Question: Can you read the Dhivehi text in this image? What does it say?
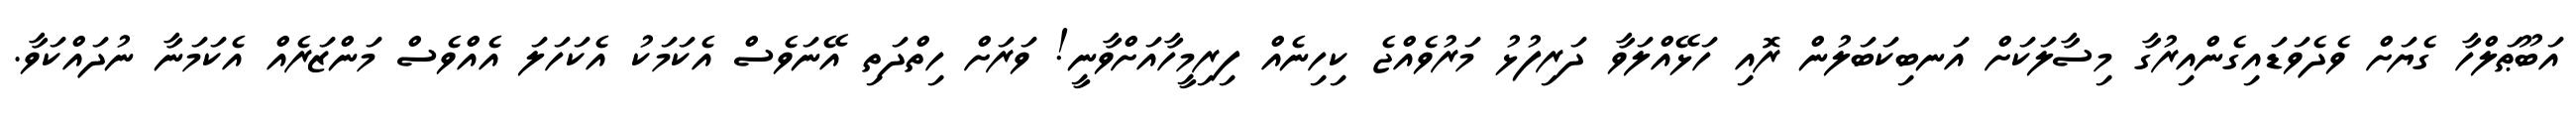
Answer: އަބޫޠަލްހާ ގެޔަށް ވެދެވަޑައިގެންއިރުގާ މިސާލަކަށް އަނބިކަބަލުން ރޮއި ހަޅޭއްލަވާ ދަރިފުޅު މަރުވެއްޖެ ކިހިނެއް ފިރިމީހާއަށްވާނީ! ވަރަށް ހިތްދަތި އޭނަވެސް އެކަމަކު އެކަހަލަ އެއްވެސް މަންޒަރެއް އެކަމަނާ ނުދައްކަވާ.